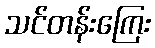
သင်တန်းကြေး